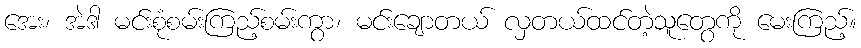
အေး၊ အဲဒါ မင်းစုံစမ်းကြည့်စမ်းကွာ၊ မင်းချောတယ် လှတယ်ထင်တဲ့သူတွေကို မေးကြည့်။